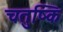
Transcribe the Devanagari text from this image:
चतुष्कि